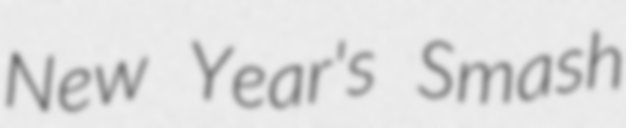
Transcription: New Year's Smash